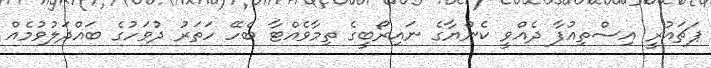
ޕަޗައުރީ އިސްތިއުފާ ދެއްވީ ކެންޔާގެ ނައިރޯބީގެ ތިމާވެއްޓާ ބެހޭ ހަތަރު ދުވަހުގެ ބައްދަލުވުމެއް